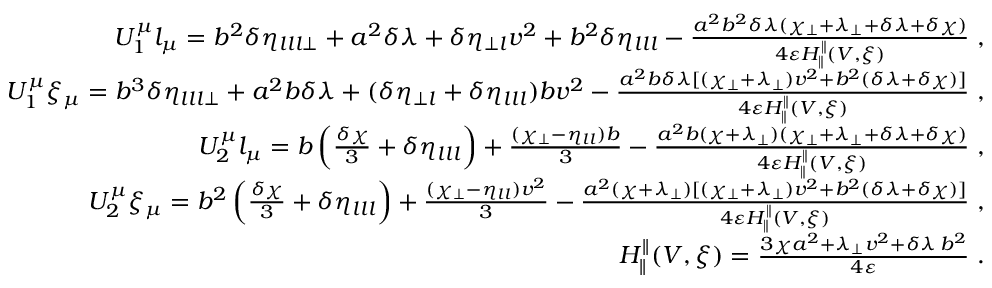
\begin{array} { r l r } & { } & { U _ { 1 } ^ { \mu } l _ { \mu } = b ^ { 2 } \delta \eta _ { l l l \perp } + a ^ { 2 } \delta \lambda + \delta \eta _ { \perp l } v ^ { 2 } + b ^ { 2 } \delta \eta _ { l l l } - \frac { a ^ { 2 } b ^ { 2 } \delta \lambda ( \chi _ { \perp } + \lambda _ { \perp } + \delta \lambda + \delta \chi ) } { 4 \varepsilon H _ { \parallel } ^ { \parallel } ( V , \xi ) } \; , } \\ & { } & { U _ { 1 } ^ { \mu } \xi _ { \mu } = b ^ { 3 } \delta \eta _ { l l l \perp } + a ^ { 2 } b \delta \lambda + ( \delta \eta _ { \perp l } + \delta \eta _ { l l l } ) b v ^ { 2 } - \frac { a ^ { 2 } b \delta \lambda [ ( \chi _ { \perp } + \lambda _ { \perp } ) v ^ { 2 } + b ^ { 2 } ( \delta \lambda + \delta \chi ) ] } { 4 \varepsilon H _ { \parallel } ^ { \parallel } ( V , \xi ) } \; , } \\ & { } & { U _ { 2 } ^ { \mu } l _ { \mu } = b \left( \frac { \delta \chi } { 3 } + \delta \eta _ { l l l } \right) + \frac { ( \chi _ { \perp } - \eta _ { l l } ) b } { 3 } - \frac { a ^ { 2 } b ( \chi + \lambda _ { \perp } ) ( \chi _ { \perp } + \lambda _ { \perp } + \delta \lambda + \delta \chi ) } { 4 \varepsilon H _ { \parallel } ^ { \parallel } ( V , \xi ) } \; , } \\ & { } & { U _ { 2 } ^ { \mu } \xi _ { \mu } = b ^ { 2 } \left( \frac { \delta \chi } { 3 } + \delta \eta _ { l l l } \right) + \frac { ( \chi _ { \perp } - \eta _ { l l } ) v ^ { 2 } } { 3 } - \frac { a ^ { 2 } ( \chi + \lambda _ { \perp } ) [ ( \chi _ { \perp } + \lambda _ { \perp } ) v ^ { 2 } + b ^ { 2 } ( \delta \lambda + \delta \chi ) ] } { 4 \varepsilon H _ { \parallel } ^ { \parallel } ( V , \xi ) } \; , } \\ & { } & { H _ { \parallel } ^ { \parallel } ( V , \xi ) = \frac { 3 \chi a ^ { 2 } + \lambda _ { \perp } v ^ { 2 } + \delta \lambda \, b ^ { 2 } } { 4 \varepsilon } \; . } \end{array}